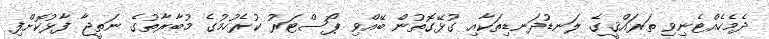
ދެމެހެއްޓެނިވި ތަރައްޤީގެ ލަނޑުދަނޑިތަކާއި ގުޅޭގޮތުން ބޭއްވި ޕޯސްޓަރު ކުރެހުމުގެ މުބާރާތުގެ ނަތީޖާ ފާޅުކޮށްފި